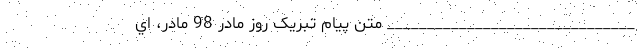
_______________________________ متن پیام تبریک روز مادر 98 مادر، اي